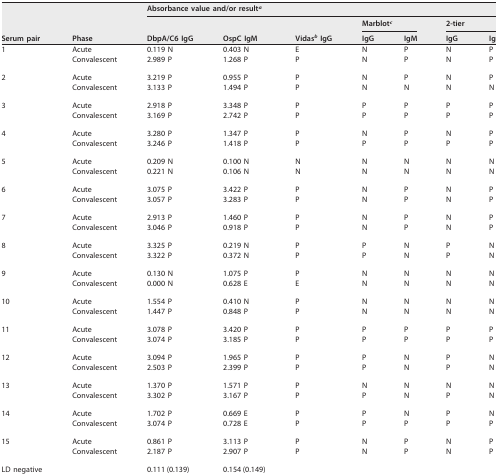
<table><thead><tr><td rowspan="3"><b>Serum pair</b></td><td rowspan="3"><b>Phase</b></td><td colspan="7"><b>Absorbance value and/or result<sup><i>a</i></sup></b></td></tr><tr><td rowspan="2"><b>DbpA/C6 IgG</b></td><td rowspan="2"><b>OspC IgM</b></td><td rowspan="2"><b>Vidas<sup><i>b</i></sup> IgG</b></td><td colspan="2"><b>Marblot<sup><i>c</i></sup></b></td><td colspan="2"><b>2-tier</b></td></tr><tr><td><b>IgG</b></td><td><b>IgM</b></td><td><b>IgG</b></td><td><b>IgM</b></td></tr></thead><tbody><tr><td>1</td><td>Acute</td><td>0.119 N</td><td>0.403 N</td><td>E</td><td>N</td><td>P</td><td>N</td><td>P</td></tr><tr><td></td><td>Convalescent</td><td>2.989 P</td><td>1.268 P</td><td>P</td><td>N</td><td>P</td><td>N</td><td>P</td></tr><tr><td>2</td><td>Acute</td><td>3.219 P</td><td>0.955 P</td><td>P</td><td>N</td><td>P</td><td>N</td><td>P</td></tr><tr><td></td><td>Convalescent</td><td>3.133 P</td><td>1.494 P</td><td>P</td><td>N</td><td>N</td><td>N</td><td>N</td></tr><tr><td>3</td><td>Acute</td><td>2.918 P</td><td>3.348 P</td><td>P</td><td>P</td><td>P</td><td>P</td><td>P</td></tr><tr><td></td><td>Convalescent</td><td>3.169 P</td><td>2.742 P</td><td>P</td><td>P</td><td>P</td><td>P</td><td>P</td></tr><tr><td>4</td><td>Acute</td><td>3.280 P</td><td>1.347 P</td><td>P</td><td>N</td><td>P</td><td>N</td><td>P</td></tr><tr><td></td><td>Convalescent</td><td>3.246 P</td><td>1.418 P</td><td>P</td><td>P</td><td>P</td><td>P</td><td>P</td></tr><tr><td>5</td><td>Acute</td><td>0.209 N</td><td>0.100 N</td><td>N</td><td>N</td><td>N</td><td>N</td><td>N</td></tr><tr><td></td><td>Convalescent</td><td>0.221 N</td><td>0.106 N</td><td>N</td><td>N</td><td>N</td><td>N</td><td>N</td></tr><tr><td>6</td><td>Acute</td><td>3.075 P</td><td>3.422 P</td><td>P</td><td>N</td><td>P</td><td>N</td><td>P</td></tr><tr><td></td><td>Convalescent</td><td>3.057 P</td><td>3.283 P</td><td>P</td><td>N</td><td>P</td><td>N</td><td>P</td></tr><tr><td>7</td><td>Acute</td><td>2.913 P</td><td>1.460 P</td><td>P</td><td>N</td><td>P</td><td>N</td><td>P</td></tr><tr><td></td><td>Convalescent</td><td>3.046 P</td><td>0.918 P</td><td>P</td><td>N</td><td>P</td><td>N</td><td>P</td></tr><tr><td>8</td><td>Acute</td><td>3.325 P</td><td>0.219 N</td><td>P</td><td>P</td><td>N</td><td>P</td><td>N</td></tr><tr><td></td><td>Convalescent</td><td>3.322 P</td><td>0.372 N</td><td>P</td><td>P</td><td>N</td><td>P</td><td>N</td></tr><tr><td>9</td><td>Acute</td><td>0.130 N</td><td>1.075 P</td><td>P</td><td>N</td><td>N</td><td>N</td><td>N</td></tr><tr><td></td><td>Convalescent</td><td>0.000 N</td><td>0.628 E</td><td>E</td><td>N</td><td>N</td><td>N</td><td>N</td></tr><tr><td>10</td><td>Acute</td><td>1.554 P</td><td>0.410 N</td><td>P</td><td>N</td><td>N</td><td>N</td><td>N</td></tr><tr><td></td><td>Convalescent</td><td>1.447 P</td><td>0.848 P</td><td>P</td><td>N</td><td>N</td><td>N</td><td>N</td></tr><tr><td>11</td><td>Acute</td><td>3.078 P</td><td>3.420 P</td><td>P</td><td>P</td><td>P</td><td>P</td><td>P</td></tr><tr><td></td><td>Convalescent</td><td>3.074 P</td><td>3.185 P</td><td>P</td><td>P</td><td>P</td><td>P</td><td>P</td></tr><tr><td>12</td><td>Acute</td><td>3.094 P</td><td>1.965 P</td><td>P</td><td>P</td><td>N</td><td>P</td><td>N</td></tr><tr><td></td><td>Convalescent</td><td>2.503 P</td><td>2.399 P</td><td>P</td><td>P</td><td>N</td><td>P</td><td>N</td></tr><tr><td>13</td><td>Acute</td><td>1.370 P</td><td>1.571 P</td><td>P</td><td>N</td><td>N</td><td>N</td><td>N</td></tr><tr><td></td><td>Convalescent</td><td>3.302 P</td><td>3.167 P</td><td>P</td><td>P</td><td>N</td><td>P</td><td>N</td></tr><tr><td>14</td><td>Acute</td><td>1.702 P</td><td>0.669 E</td><td>P</td><td>P</td><td>N</td><td>P</td><td>N</td></tr><tr><td></td><td>Convalescent</td><td>3.074 P</td><td>0.728 E</td><td>P</td><td>P</td><td>P</td><td>P</td><td>P</td></tr><tr><td>15</td><td>Acute</td><td>0.861 P</td><td>3.113 P</td><td>P</td><td>N</td><td>P</td><td>N</td><td>P</td></tr><tr><td></td><td>Convalescent</td><td>2.187 P</td><td>2.907 P</td><td>P</td><td>N</td><td>P</td><td>N</td><td>P</td></tr><tr><td>LD negative</td><td></td><td>0.111 (0.139)</td><td>0.154 (0.149)</td><td></td><td></td><td></td><td></td><td></td></tr></tbody></table>